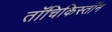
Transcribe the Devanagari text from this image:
तॉचिकिस्तॉन